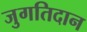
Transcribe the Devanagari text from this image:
जुगतिदान